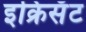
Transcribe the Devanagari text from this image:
इक्रिसॅट